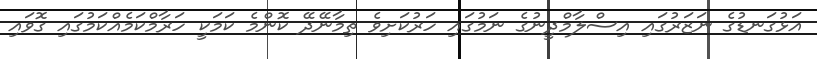
އަޅުގަނޑުގެ ނަޒަރުގައި އިސްލާމްދީނުގެ ނަމުގައި ހަރުކަށިވެ ތިމާނޭދޭ ކޮންމެ ކަމަކީ ހަރާމްކަމެއްކަމުގައި ގޮވައި